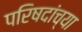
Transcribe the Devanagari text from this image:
परिषदांच्या